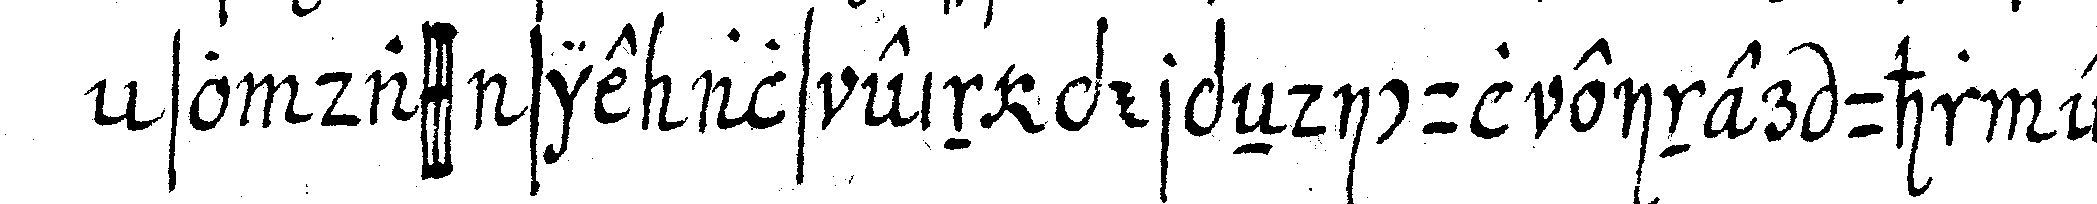
so dass sie als ein perpeNdicul einer uhr ein